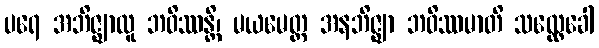
ပရေ အဘိဇ္ဈာလူ ဘဝိဿန္တိ၊ မယမေတ္ထ အနဘိဇ္ဈာ ဘဝိဿမာတိ သလ္လေခေါ